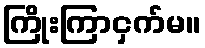
ကြိုးကြာငှက်မ။